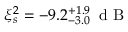
\xi _ { s } ^ { 2 } = - 9 . 2 _ { - 3 . 0 } ^ { + 1 . 9 } \, \mathrm { ~ d ~ B ~ }